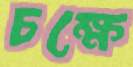
চক্ষে